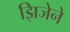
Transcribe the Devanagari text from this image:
झिजेने